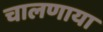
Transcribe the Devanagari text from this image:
चालणाया